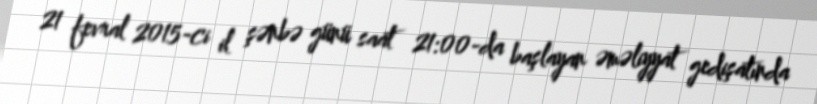
21 fevral 2015-ci il şənbə günü saat 21:00-da başlayan əməliyyat gedişatında